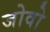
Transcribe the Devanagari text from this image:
जोवो